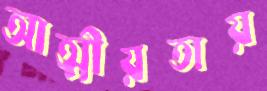
আত্মীয়তায়